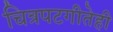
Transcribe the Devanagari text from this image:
चित्रपटगीतेही